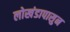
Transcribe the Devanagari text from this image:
लोखंडापासुन